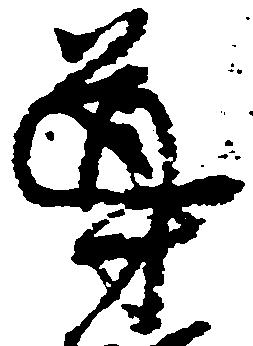
導